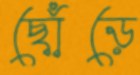
ছোঁড়ে